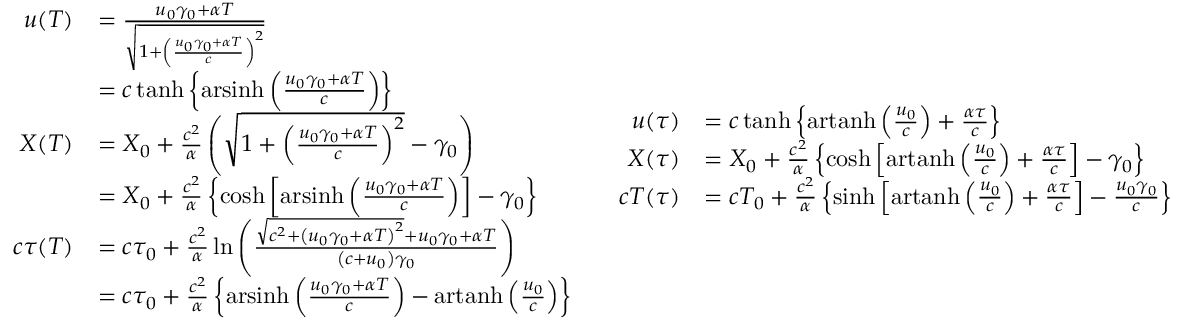
{ \scriptstyle { \begin{array} { c c } { { \begin{array} { r l } { u ( T ) } & { = { \frac { u _ { 0 } \gamma _ { 0 } + \alpha T } { \sqrt { 1 + \left( { \frac { u _ { 0 } \gamma _ { 0 } + \alpha T } { c } } \right) ^ { 2 } } } } \quad } \\ & { = c \operatorname { t a n h } \left\{ \operatorname { a r s i n h } \left( { \frac { u _ { 0 } \gamma _ { 0 } + \alpha T } { c } } \right) \right\} } \\ { X ( T ) } & { = X _ { 0 } + { \frac { c ^ { 2 } } { \alpha } } \left( { \sqrt { 1 + \left( { \frac { u _ { 0 } \gamma _ { 0 } + \alpha T } { c } } \right) ^ { 2 } } } - \gamma _ { 0 } \right) } \\ & { = X _ { 0 } + { \frac { c ^ { 2 } } { \alpha } } \left\{ \cosh \left[ \operatorname { a r s i n h } \left( { \frac { u _ { 0 } \gamma _ { 0 } + \alpha T } { c } } \right) \right] - \gamma _ { 0 } \right\} } \\ { c \tau ( T ) } & { = c \tau _ { 0 } + { \frac { c ^ { 2 } } { \alpha } } \ln \left( { \frac { { \sqrt { c ^ { 2 } + \left( u _ { 0 } \gamma _ { 0 } + \alpha T \right) ^ { 2 } } } + u _ { 0 } \gamma _ { 0 } + \alpha T } { \left( c + u _ { 0 } \right) \gamma _ { 0 } } } \right) } \\ & { = c \tau _ { 0 } + { \frac { c ^ { 2 } } { \alpha } } \left\{ \operatorname { a r s i n h } \left( { \frac { u _ { 0 } \gamma _ { 0 } + \alpha T } { c } } \right) - \operatorname { a r t a n h } \left( { \frac { u _ { 0 } } { c } } \right) \right\} } \end{array} } } & { { \begin{array} { r l } { u ( \tau ) } & { = c \operatorname { t a n h } \left\{ \operatorname { a r t a n h } \left( { \frac { u _ { 0 } } { c } } \right) + { \frac { \alpha \tau } { c } } \right\} } \\ { X ( \tau ) } & { = X _ { 0 } + { \frac { c ^ { 2 } } { \alpha } } \left\{ \cosh \left[ \operatorname { a r t a n h } \left( { \frac { u _ { 0 } } { c } } \right) + { \frac { \alpha \tau } { c } } \right] - \gamma _ { 0 } \right\} } \\ { c T ( \tau ) } & { = c T _ { 0 } + { \frac { c ^ { 2 } } { \alpha } } \left\{ \sinh \left[ \operatorname { a r t a n h } \left( { \frac { u _ { 0 } } { c } } \right) + { \frac { \alpha \tau } { c } } \right] - { \frac { u _ { 0 } \gamma _ { 0 } } { c } } \right\} } \end{array} } } \end{array} } }